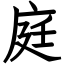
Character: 庭